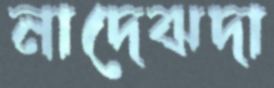
নাদেঝদা